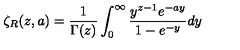
\zeta _ { R } ( z , a ) = { \frac { 1 } { \Gamma ( z ) } } \int _ { 0 } ^ { \infty } { \frac { y ^ { z - 1 } e ^ { - a y } } { 1 - e ^ { - y } } } d y